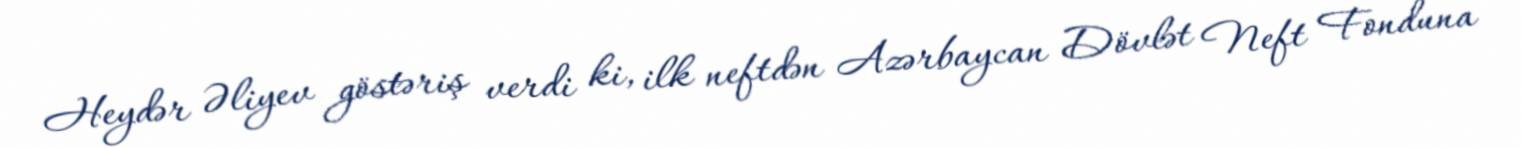
Heydər Əliyev göstəriş verdi ki, ilk neftdən Azərbaycan Dövlət Neft Fonduna